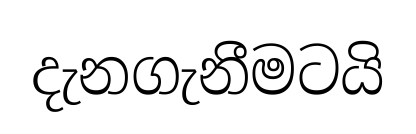
දැනගැනීමටයි